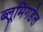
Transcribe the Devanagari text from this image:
ब्लूमिंगडेल